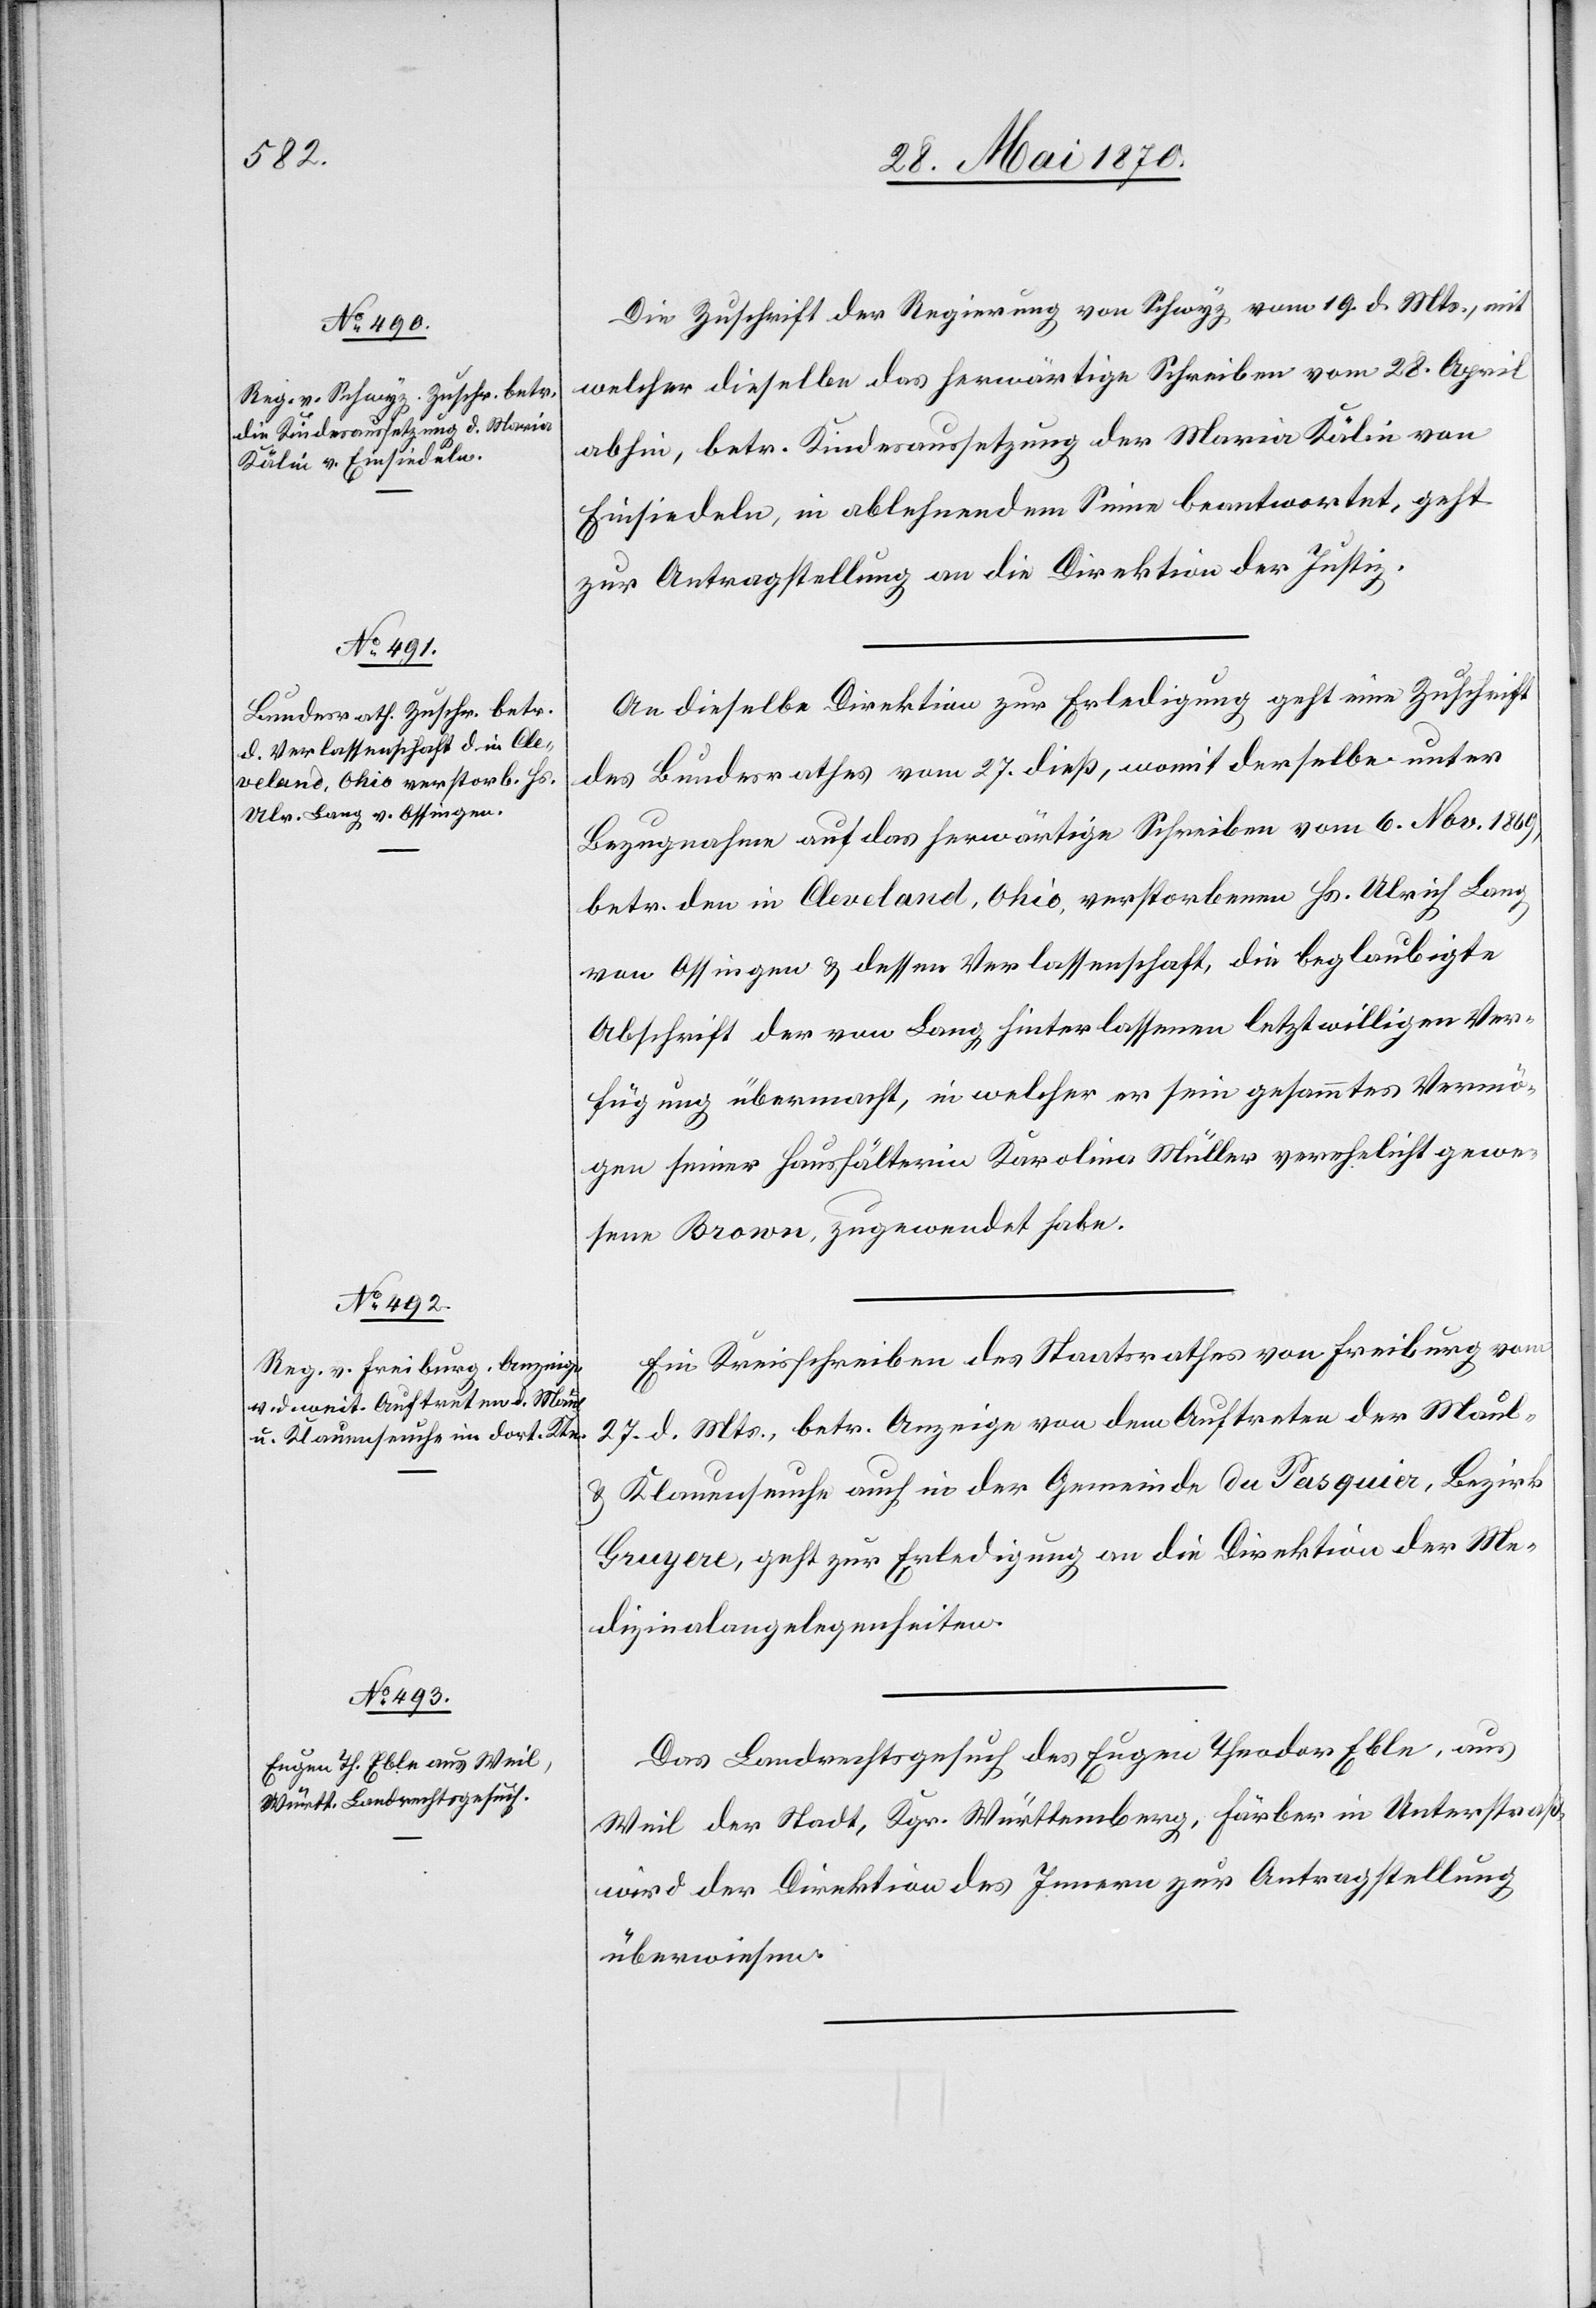
30. Mai 1870.]
Die Zuschrift der Regierung von Schwyz vom 19. d. Mts., mit
welcher dieselbe das herwärtige Schreiben vom 28. April
abhin, betr. Kindesaussetzung der Maria Kälin von
Einsiedeln, in ablehnendem Sinne beantwortet, geht
zur Antragstellung an die Direktion der Justiz.
An dieselbe Direktion zur Erledigung geht eine Zuschrift
des Bundesrathes vom 27. dieß, womit derselbe unter
Bezugnahme auf das herwärtige Schreiben vom 6. Nov. 1869,
betr. den in Cleveland, Ohio, verstorbenen Hs. Ulrich Lang
von Ossingen & dessen Verlassenschaft, die beglaubigte
Abschrift der von Lang hinterlassenen letztwilligen Ver¬
fügung übermacht, in welcher er sein gesammtes Vermö¬
gen seiner Haushälterin Karolina Müller verehelicht gewe¬
sene Brown, zugewendet habe.
Ein Kreisschreiben des Staatsrathes von Freiburg vom
27. d. Mts., betr. Anzeige von dem Auftreten der Maul-
& Klauenseuche auch in der Gemeinde du Pasquier, Bezirk
Gruyere, geht zur Erledigung an die Direktion der Me¬
dizinalangelegenheiten.
Das Landrechtsgesuch des Eugen Theodor Eble, aus
Weil der Stadt, Kgr. Württemberg, Färber in Unterstraß,
wird der Direktion des Innern zur Antragstellung
überwiesen.